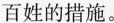
百姓的措施。